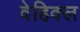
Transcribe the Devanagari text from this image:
वेहिक्ल